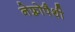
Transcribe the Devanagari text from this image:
नेफ़्रोपैथी